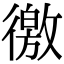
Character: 徼